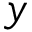
y